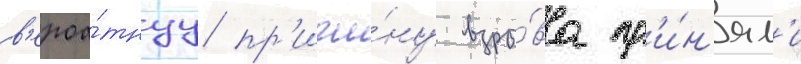
в'ероа́тнуу пр'ичи́ну взры́ва пр'и́н'ял'и